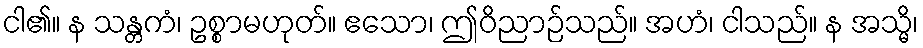
ငါ၏။ န သန္တကံ၊ ဥစ္စာမဟုတ်။ ဧသော၊ ဤဝိညာဉ်သည်။ အဟံ၊ ငါသည်။ န အသ္မိ၊